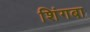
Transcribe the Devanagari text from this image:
शिंगबा